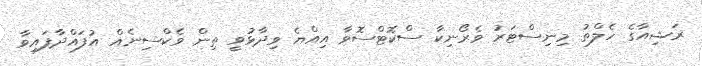
ރަޝިއާގެ ހެލްތު މިނިސްޓަރު ވެރޯނިކާ ސްކޮޓްސޮވާ އިއްޔެ ވިދާޅުވީ ތިން ވެކްސިނެއް އުފައްދާފައިވާ